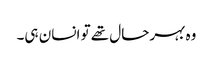
وہ بہرحال تھے تو انسان ہی۔